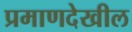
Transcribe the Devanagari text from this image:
प्रमाणदेखील